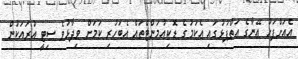
އެއަށްފަހު އޭނާގެ އަތްޕުޅުގައި އެކަމުގެ ޑޮކިއުމަންޓްތައް އެބަހުރި ކަަމަށް ވިދާޅުވެ ސިޓީ އުރައަކުން